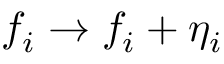
f _ { i } \to f _ { i } + \eta _ { i }